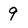
Character: 9